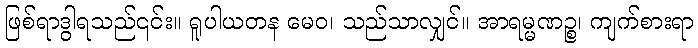
ဖြစ်ရာဒွါရသည်၎င်း။ ရူပါယတန မေဝ၊ သည်သာလျှင်။ အာရမ္မဏဉ္စ၊ ကျက်စားရာ